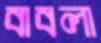
বাবলা